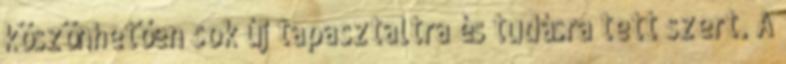
köszönhetően sok új tapasztaltra és tudásra tett szert. A